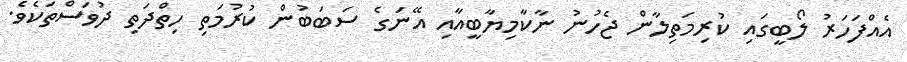
އެއްފަހަރު ލޯބީގައި ކުރިމަތިލާން ޖެހުނު ނާކާމިޔާބީއާއި އޭނަގެ ސަބަބުން ކުރުމަތި ހިތްދަތި ދުވަސްތަކެވެ.